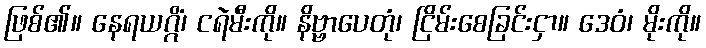
ဖြစ်၏။ နေရယဂ္ဂိံ၊ ငရဲမီးကို။ နိဗ္ဗာပေတုံ၊ ငြိမ်းစေခြင်းငှာ။ ဒေဝံ၊ မိုးကို။